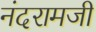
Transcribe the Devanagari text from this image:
नंदरामजी